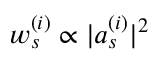
w _ { s } ^ { ( i ) } \propto | a _ { s } ^ { ( i ) } | ^ { 2 }